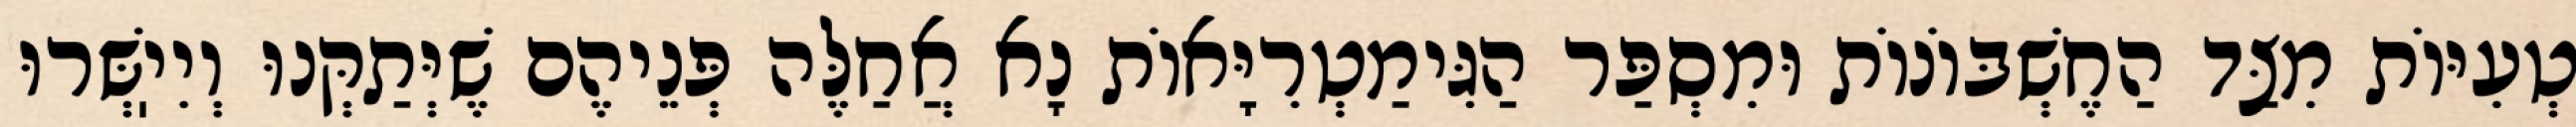
טְעִיּוֹת מִצַּד הַחֶשְׁבּוֹנוֹת וּמִסְפַּר הַגִּימַטְרִיָּאוֹת נָא אֲחַלֶּה פְּנֵיהֶם שֶׁיְּתַקְּנוּ וְיִיֽשְּׁרוּ